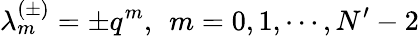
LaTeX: \lambda_{m}^{(\pm)}=\pm q^{m},\; \, m=0,1,\cdots,N^{\prime}-2